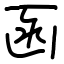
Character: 函